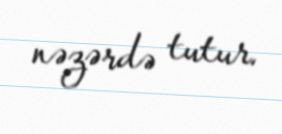
nəzərdə tutur.